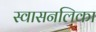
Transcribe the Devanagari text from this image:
स्वासनलिका